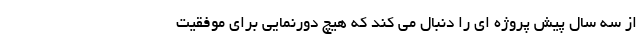
از سه سال پیش پروژه ای را دنبال می کند که هیچ دورنمایی برای موفقیت